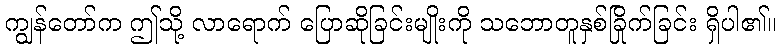
ကျွန်တော်က ဤသို့ လာရောက် ပြောဆိုခြင်းမျိုးကို သဘောတူနှစ်ခြိုက်ခြင်း ရှိပါ၏။